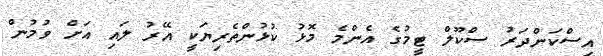
އިސްކަންދަރު ސްކޫލް ޓީމުގެ އެންމެ މޮޅު ކުޅުންތެރިޔަކީ އޭރު ލައި އަށް ވުމުން